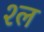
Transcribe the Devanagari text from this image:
श्‍ल